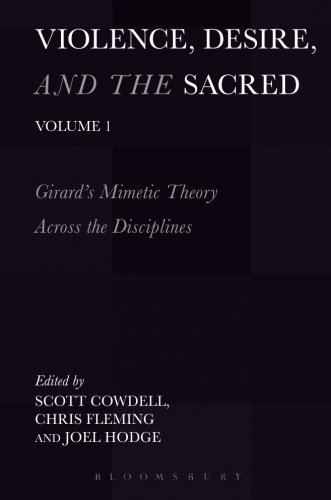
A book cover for Violence, Desire, and the Sacred, Volume 1: Girard's Mimetic Theory Across the Disciplines; Christian Books & Bibles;